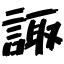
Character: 諏